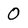
Character: 0